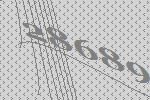
28689